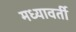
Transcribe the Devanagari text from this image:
मध्यावर्ती